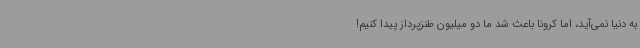
به دنیا نمی‌آید، اما کرونا باعث شد ما دو میلیون طنزپرداز پیدا کنیم!